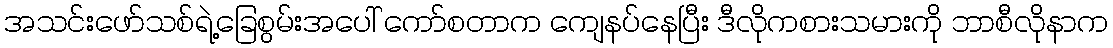
အသင်းဖော်သစ်ရဲ့ခြေစွမ်းအပေါ် ကော်စတာက ကျေနပ်နေပြီး ဒီလိုကစားသမားကို ဘာစီလိုနာက